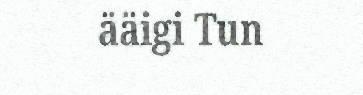
ääigi Tun